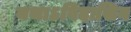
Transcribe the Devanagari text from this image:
यथाऽविदासिन